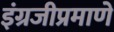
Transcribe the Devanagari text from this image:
इंग्रजीप्रमाणे